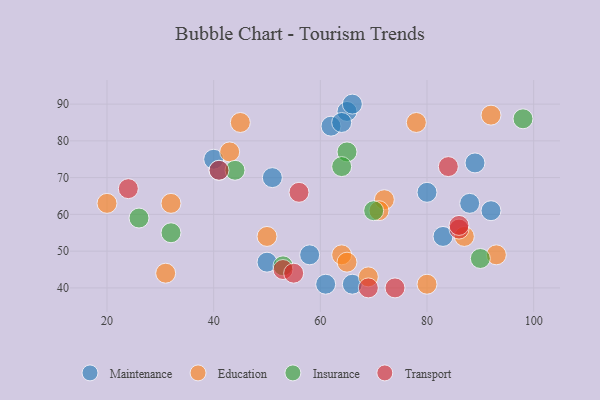
{"axis": {"x": "GDP", "y": "Life Expectancy"}, "legend": ["Education", "Insurance", "Maintenance", "Transport"], "data": [{"x": "89", "y": 74, "type": "Maintenance"}, {"x": "88", "y": 63, "type": "Maintenance"}, {"x": "80", "y": 66, "type": "Maintenance"}, {"x": "40", "y": 75, "type": "Maintenance"}, {"x": "92", "y": 61, "type": "Maintenance"}, {"x": "61", "y": 41, "type": "Maintenance"}, {"x": "41", "y": 72, "type": "Maintenance"}, {"x": "58", "y": 49, "type": "Maintenance"}, {"x": "62", "y": 84, "type": "Maintenance"}, {"x": "65", "y": 88, "type": "Maintenance"}, {"x": "50", "y": 47, "type": "Maintenance"}, {"x": "64", "y": 85, "type": "Maintenance"}, {"x": "66", "y": 41, "type": "Maintenance"}, {"x": "83", "y": 54, "type": "Maintenance"}, {"x": "51", "y": 70, "type": "Maintenance"}, {"x": "66", "y": 90, "type": "Maintenance"}, {"x": "87", "y": 54, "type": "Education"}, {"x": "93", "y": 49, "type": "Education"}, {"x": "45", "y": 85, "type": "Education"}, {"x": "31", "y": 44, "type": "Education"}, {"x": "80", "y": 41, "type": "Education"}, {"x": "69", "y": 43, "type": "Education"}, {"x": "20", "y": 63, "type": "Education"}, {"x": "64", "y": 49, "type": "Education"}, {"x": "50", "y": 54, "type": "Education"}, {"x": "92", "y": 87, "type": "Education"}, {"x": "32", "y": 63, "type": "Education"}, {"x": "78", "y": 85, "type": "Education"}, {"x": "43", "y": 77, "type": "Education"}, {"x": "72", "y": 64, "type": "Education"}, {"x": "71", "y": 61, "type": "Education"}, {"x": "65", "y": 47, "type": "Education"}, {"x": "65", "y": 77, "type": "Insurance"}, {"x": "44", "y": 72, "type": "Insurance"}, {"x": "53", "y": 46, "type": "Insurance"}, {"x": "90", "y": 48, "type": "Insurance"}, {"x": "64", "y": 73, "type": "Insurance"}, {"x": "98", "y": 86, "type": "Insurance"}, {"x": "26", "y": 59, "type": "Insurance"}, {"x": "32", "y": 55, "type": "Insurance"}, {"x": "70", "y": 61, "type": "Insurance"}, {"x": "74", "y": 40, "type": "Transport"}, {"x": "86", "y": 56, "type": "Transport"}, {"x": "41", "y": 72, "type": "Transport"}, {"x": "69", "y": 40, "type": "Transport"}, {"x": "56", "y": 66, "type": "Transport"}, {"x": "53", "y": 45, "type": "Transport"}, {"x": "55", "y": 44, "type": "Transport"}, {"x": "84", "y": 73, "type": "Transport"}, {"x": "86", "y": 57, "type": "Transport"}, {"x": "24", "y": 67, "type": "Transport"}]}